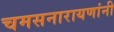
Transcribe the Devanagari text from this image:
चमसनारायणांनी